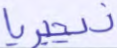
نيجيريا